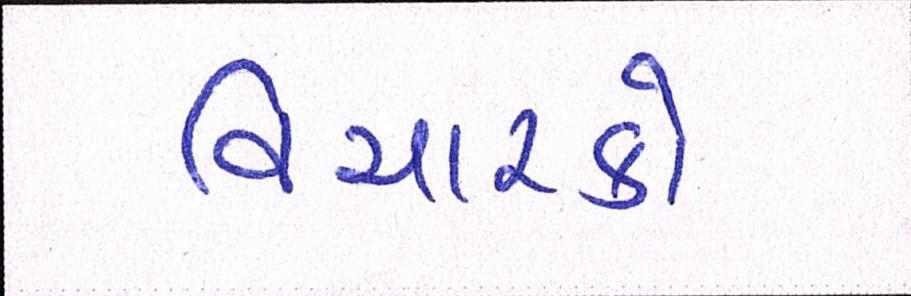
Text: વિચારકો